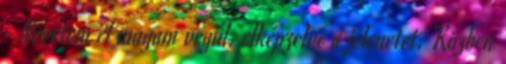
- Nevetem el magam végül, elképzelve a jelenetet. Közben